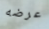
عرضه